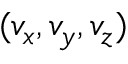
( v _ { x } , v _ { y } , v _ { z } )